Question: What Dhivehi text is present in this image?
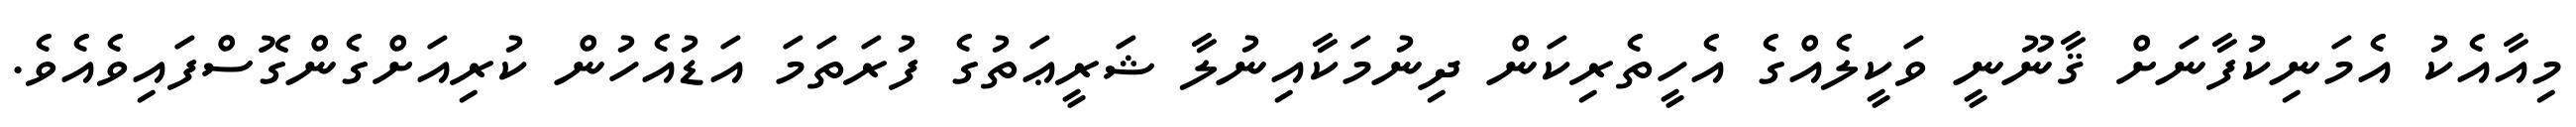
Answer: މިއާއެކު އެމަނިކުފާނަށް ޤާނޫނީ ވަކީލެއްގެ އެހީތެރިކަން ދިނުމަކާއިނުލާ ޝަރީޢަތުގެ ފުރަތަމަ އަޑުއެހުން ކުރިއަށްގެންގޮސްފައިވެއެވެ.